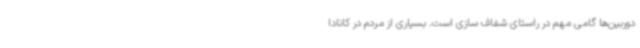
دوربین‌ها گامی مهم در راستای شفاف سازی است. بسیاری از مردم در کانادا